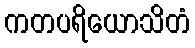
ကတပရိယောသိတံ